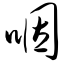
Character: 咽